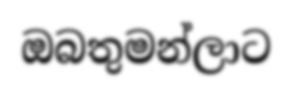
ඔබතුමන්ලාට